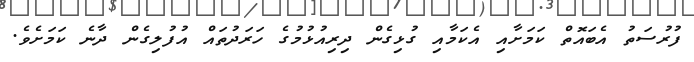
ފުރުސަތު އެބައޮތް ކަމަށާއި އެކަމާއި ގުޅިގެން ދިރިއުޅުމުގެ ހަރަދުތައް އުފުލިގެން ދާނެ ކަމަށެވެ.